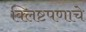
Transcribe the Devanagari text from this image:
क्लिष्टपणाचे